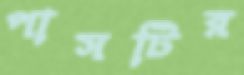
পাসটির